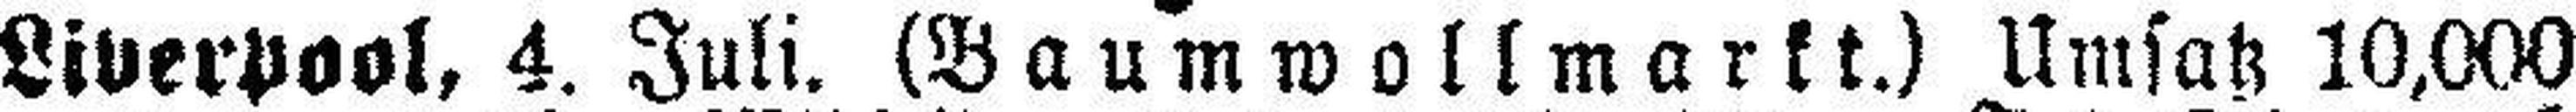
Liverpool, 4. Juli. (Baumwollmarkt.) Umsatz 10,000